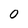
Character: 0